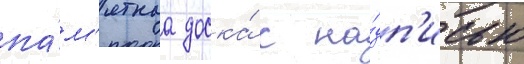
па́м'ятнаа доска́ с на́дп'исью